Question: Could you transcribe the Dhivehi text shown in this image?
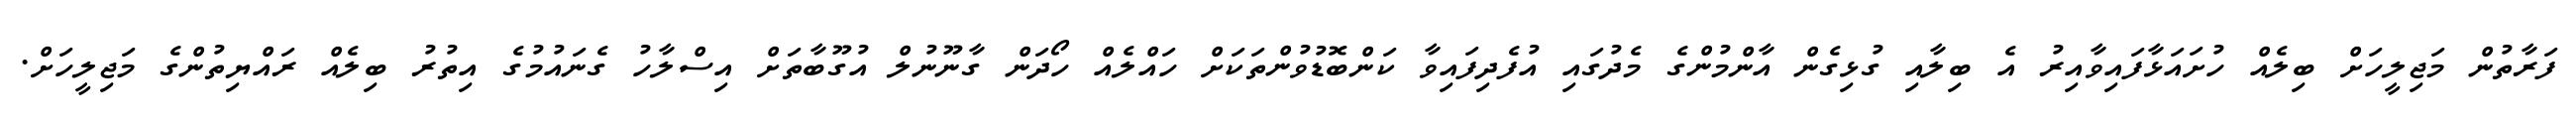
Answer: ފަރާތުން މަޖިލީހަށް ބިލެއް ހުށައަޅާފައިވާއިރު އެ ބިލާއި ގުޅިގެން އާންމުންގެ މެދުގައި އުފެދިފައިވާ ކަންބޮޑުވުންތަކަށް ހައްލެއް ހޯދަން ގާނޫނުލް އުގޫބާތަށް އިސްލާހު ގެނައުމުގެ އިތުރު ބިލެއް ރައްޔިތުންގެ މަޖިލީހަށް.